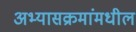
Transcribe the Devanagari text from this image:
अभ्यासक्रमांमधील